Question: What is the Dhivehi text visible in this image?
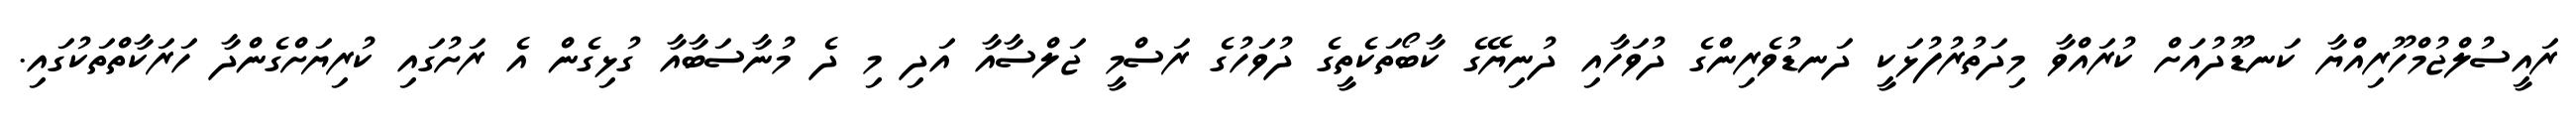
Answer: ރައީސުލްޖުމްހޫރިއްޔާ ކަނޑޫދުއަށް ކުރައްވާ މިދަތުރުފުޅަކީ ދަނޑުވެރިންގެ ދުވަހާއި ދުނިޔޭގެ ކާބޯތަކެތީގެ ދުވަހުގެ ރަސްމީ ޖަލްސާއާ އަދި މި ދެ މުނާސަބާއާ ގުޅިގެން އެ ރަށުގައި ކުރިޔަށްގެންދާ ހަރަކާތްތަކުގައި.